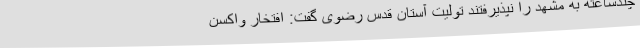
چندساعته به مشهد را نپذیرفتند تولیت آستان قدس رضوی گفت: افتخار واکسن